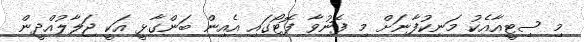
މި ސިޓީއާއެކު މަނިކުފާނަށް މި ފޮނުވާ ފޮޓޯގައި އެއިން ބަންގާޅީ އަކީ ޖަލާލުއްދީން